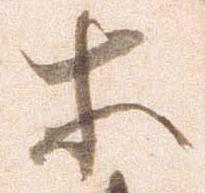
等